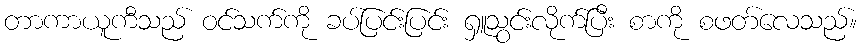
တာကာယူကီသည် ဝင်သက်ကို ခပ်ပြင်းပြင်း ရှူသွင်းလိုက်ပြီး စာကို စဖတ်လေသည်။